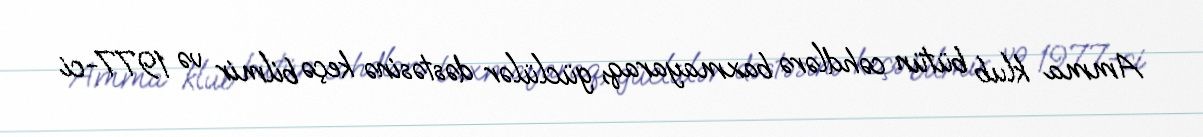
Amma klub bütün cəhdlərə baxmayaraq, güclülər dəstəsinə keçə bilmir və 1977-ci